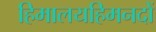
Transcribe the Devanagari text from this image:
हिमालयहिमनदों